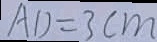
A D = 3 c m